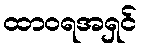
ထာဝရအရှင်